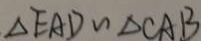
\Delta E A D \sim \Delta C A B